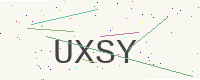
Text: UXSY